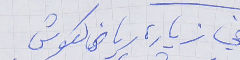
في زيارة رياض كعوش